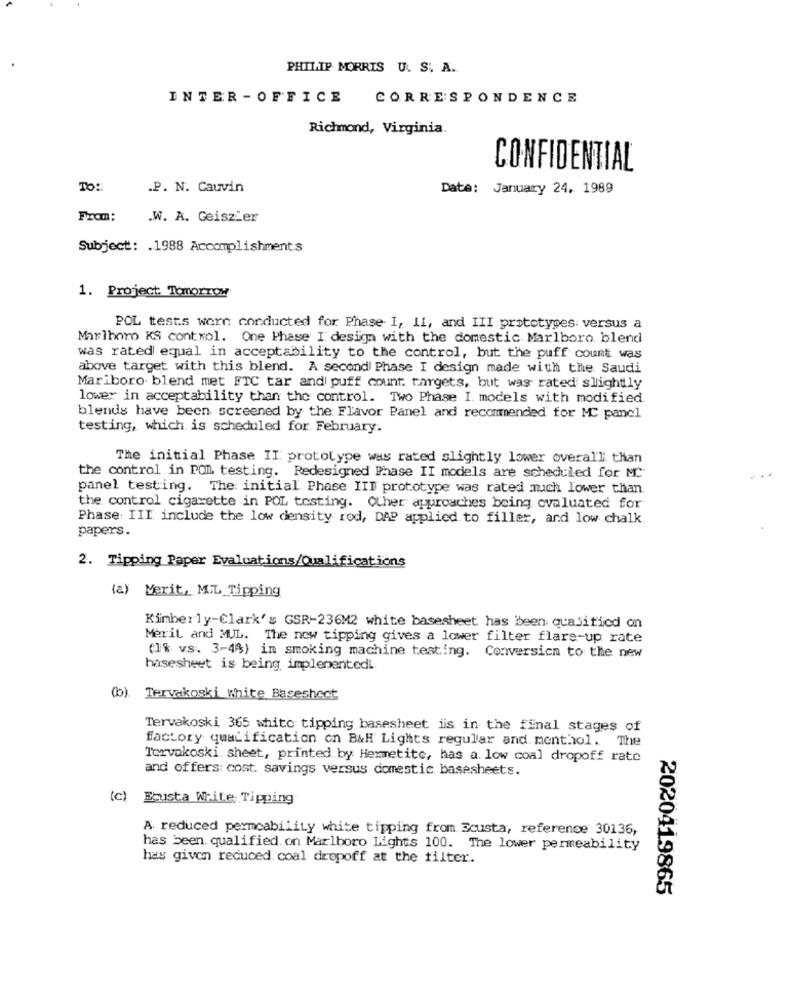
PHILIP MORRIS U. S. A.
INTER - OFFICE
CORRESPONDENCE
Richmond, Virginia.
CONFIDENTIAL
To ::
.P. N. Cauvin
Date: January 24, 1989
.W. A. Geiszier
Subject: . 1988 Accomplishments
1. Project. Tomorrow
POL tests were conducted for Phase- I, II, and III prototypes: versus a
Marlboro KS control. One Phase I design with the domestic Marlboro blend
was rated equal in acceptability to the control, but the puff count was
above target with this blend. A second Phase I design made with the Saudi
Mariboro blend met FTC tar and puff count. targets, but was rated slightly
lower in acceptability than the control. Two Phase I. models with modified
blends have been screened by the Flavor Panel and recommended for MC panel
testing, which is scheduled for February.
The initial Phase II prototype was rated slightly lower overall than
the control in POL testing. Redesigned Phase II models are scheduled for MC
panel testing. The initial Phase III prototype was rated much lower than.
the control cigarette in POL testing. Other approaches being evaluated for
Phase: III include the low density rod, DAP applied to filler, and low chalk.
papers.
2. Tipping Paper Evaluations/Qualifications
(a) Merit, MIL Tipping
Kimberly-Clark's GSR-236M2 white basesheet has been qualifiicd on
Merit and MUL. The now tipping gives a lower filter flare-up rate
(1% vs. 3-4%) in smoking machine testing. Conversion to the new
hasesheet is being implementedl
(b). Tervakoski White Baseshect
Tervakoski 365 white tipping basesheet is in the final stages of
factory qualification on B&H Lights regular and menthol. The
Tervakoski. sheet, printed. by Hemmetite, has a. low coal dropoff rate
and offers: cost savings versus domestic basesheets.
(c) Ecusta Write Tipping
A reduced permeability white tipping from Ecusta, reference 30136,
has been. qualified. on Marlboro Lights 100. The lower permeability
has given reduced coal dropoff at the filter.
2020419865